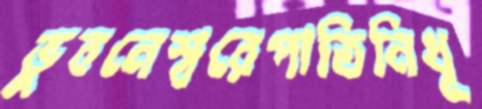
ভুবনেশ্বরেপাতিনিধূ